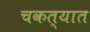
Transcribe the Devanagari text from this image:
चकत्यात